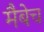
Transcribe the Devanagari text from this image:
मैबेच